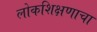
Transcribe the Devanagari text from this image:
लोकशिक्षणाचा